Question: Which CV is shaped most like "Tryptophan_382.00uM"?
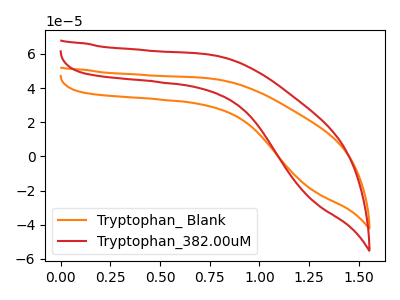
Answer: <think>The orange curve "Tryptophan_ Blank" has no peaks. The red curve "Tryptophan_382.00uM" has no peaks.
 Neither "Tryptophan_ Blank" or "Tryptophan_382.00uM" have any peaks.</think>
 <answer>The CV with the most similar shape to "Tryptophan_ Blank" is "Tryptophan_382.00uM".</answer>
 <eval>"Tryptophan_382.00uM"</eval>